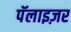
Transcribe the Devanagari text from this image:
पॅलाइज़र